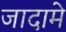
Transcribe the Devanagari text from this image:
जादामे